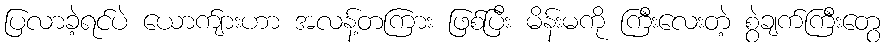
ပြလာခဲ့ရင်ပဲ ယောက်ျားဟာ အလန့်တကြား ဖြစ်ပြီး မိန်းမကို ကြီးလေးတဲ့ စွဲချက်ကြီးတွေ